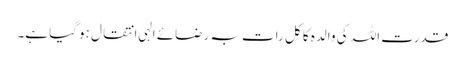
قدرت اللہ کی والدہ کا کل رات بہ رضائے الہی انتقال ہوگیا ہے۔